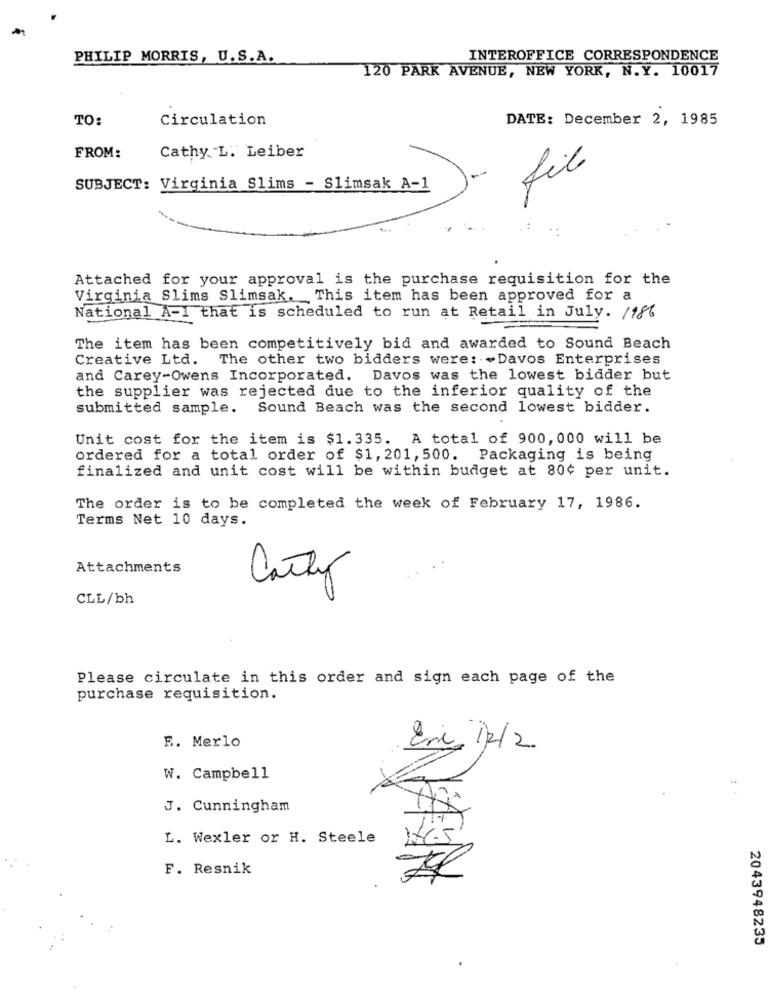
PHILIP MORRIS, U.S.A.
INTEROFFICE CORRESPONDENCE
120 PARK AVENUE, NEW YORK, N.Y. 10017
TO:
Circulation
DATE: December 2, 1985
FROM:
Cathy. L. Leiber
file
SUBJECT: Virginia Slims - Slimsak A-1
Attached for your approval is the purchase requisition for the
Virginia Slims Slimsak. This item has been approved for a
National A-1 that is scheduled to run at Retail in July. 1186
The item has been competitively bid and awarded to Sound Beach
Creative Ltd. The other two bidders were: - Davos Enterprises
and Carey-Owens Incorporated. Davos was the lowest bidder but
the supplier was rejected due to the inferior quality of the
submitted sample. Sound Beach was the second lowest bidder.
Unit cost for the item is $1.335. A total of 900, 000 will be
ordered for a total order of $1, 201, 500. Packaging is being
finalized and unit cost will be within budget at 80¢ per unit.
The order is to be completed the week of February 17, 1986.
Terms Net 10 days.
Attachments
Carly
CLL/bh
Please circulate in this order and sign each page of the
purchase requisition.
E. Merlo
Ene 12/2
W. Campbell
J. Cunningham
L. Wexler or H. Steele
F. Resnik
2043948235